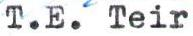
T.E. Teir